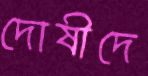
দোষীদে